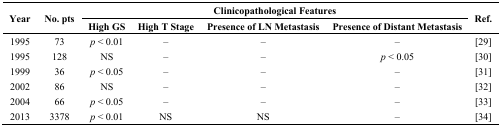
<table><thead><tr><td rowspan="2"><b>Year</b></td><td rowspan="2"><b>No. pts</b></td><td colspan="4"><b>Clinicopathological Features</b></td><td rowspan="2"><b>Ref.</b></td></tr><tr><td><b>High GS</b></td><td><b>High T Stage</b></td><td><b>Presence of LN Metastasis</b></td><td><b>Presence of Distant Metastasis</b></td></tr></thead><tbody><tr><td>1995</td><td>73</td><td><i>p</i> &lt; 0.01</td><td>–</td><td>–</td><td>–</td><td>[29]</td></tr><tr><td>1995</td><td>128</td><td>NS</td><td>–</td><td>–</td><td><i>p</i> &lt; 0.05</td><td>[30]</td></tr><tr><td>1999</td><td>36</td><td><i>p</i> &lt; 0.05</td><td>–</td><td>–</td><td>–</td><td>[31]</td></tr><tr><td>2002</td><td>86</td><td>NS</td><td>–</td><td>–</td><td>–</td><td>[32]</td></tr><tr><td>2004</td><td>66</td><td><i>p</i> &lt; 0.05</td><td>–</td><td>–</td><td>–</td><td>[33]</td></tr><tr><td>2013</td><td>3378</td><td><i>p</i> &lt; 0.01</td><td>NS</td><td>NS</td><td>–</td><td>[34]</td></tr></tbody></table>